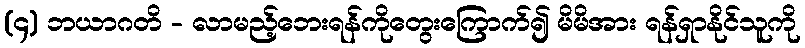
(၄) ဘယာဂတိ - လာမည့်ဘေးရန်ကိုတွေးကြောက်၍ မိမိအား ရန်ရှာနိုင်သူကို